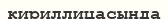
кириллицасында